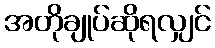
အတိုချုပ်ဆိုရလျှင်